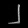
Digit: ၂